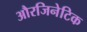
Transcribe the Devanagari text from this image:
औरजिनेटिक